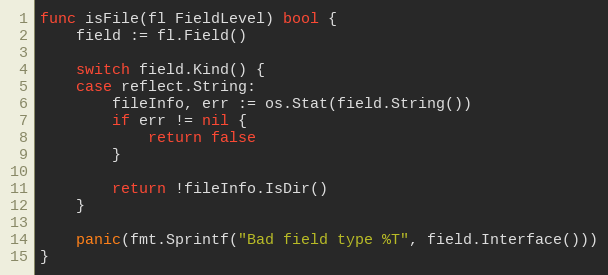
Language: Go
func isFile(fl FieldLevel) bool {
	field := fl.Field()

	switch field.Kind() {
	case reflect.String:
		fileInfo, err := os.Stat(field.String())
		if err != nil {
			return false
		}

		return !fileInfo.IsDir()
	}

	panic(fmt.Sprintf("Bad field type %T", field.Interface()))
}